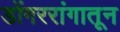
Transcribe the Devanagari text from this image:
डोंगररांगातून